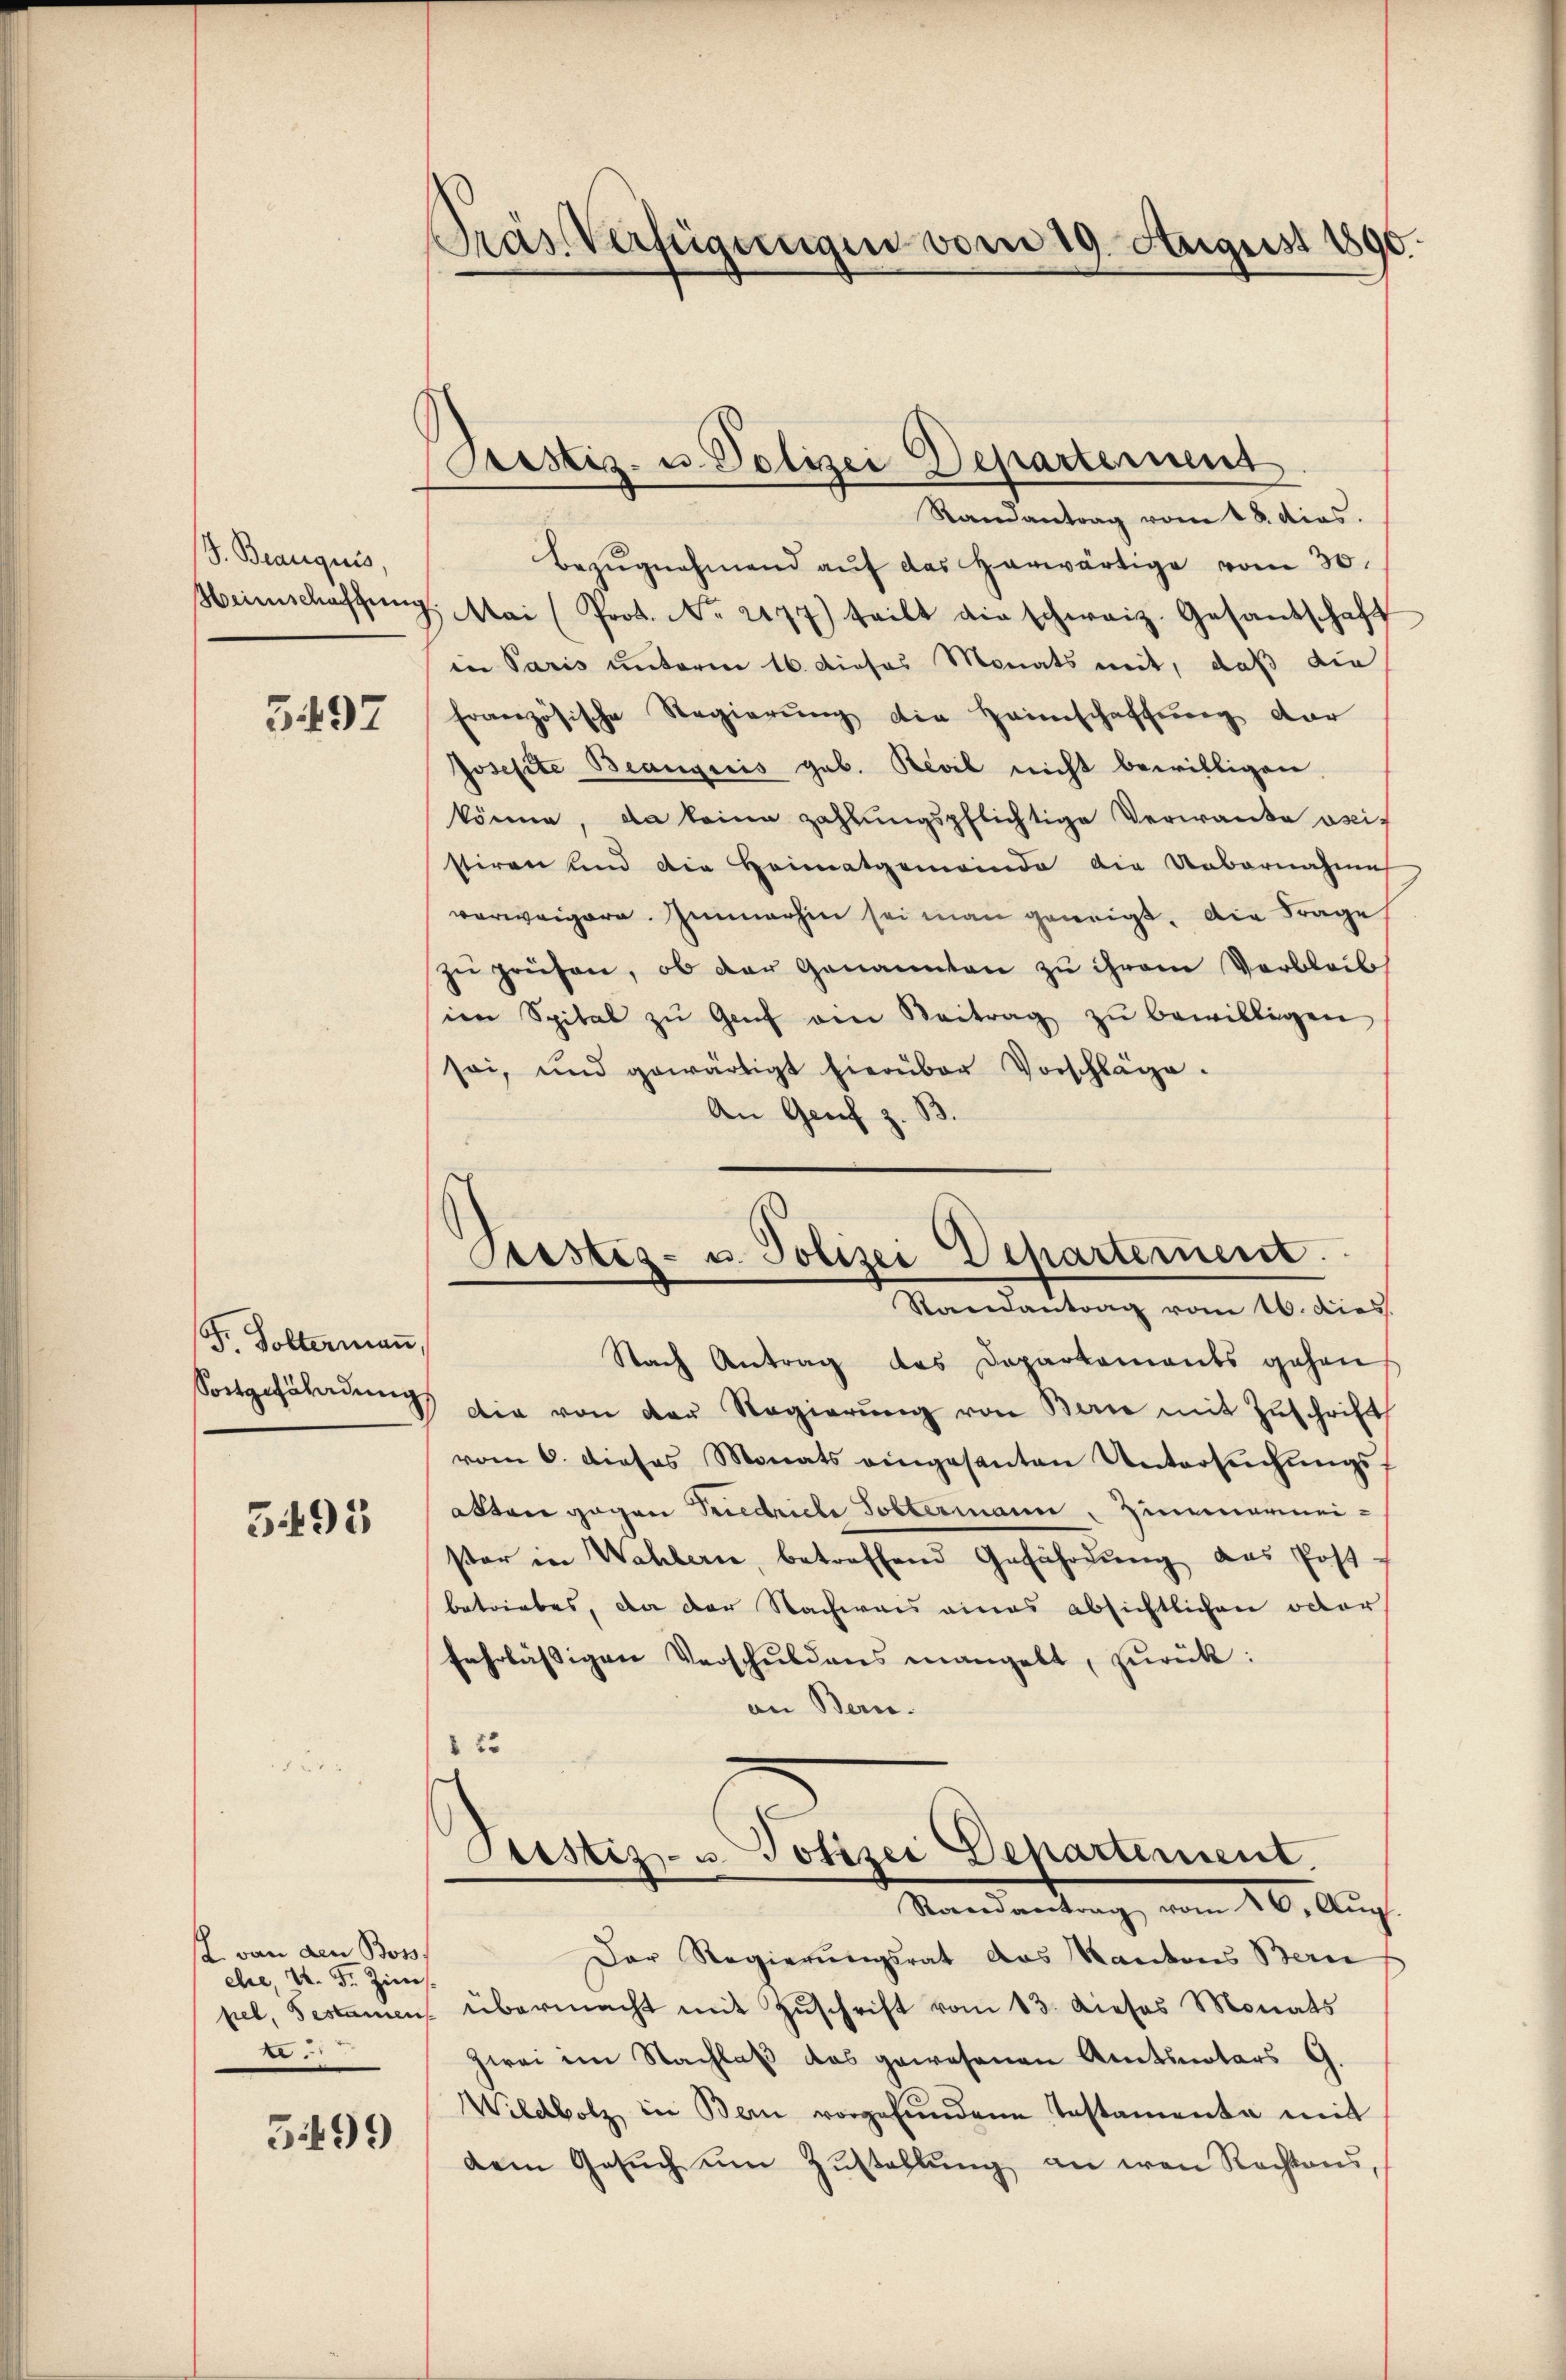
S. Beanquis.
Heimschaftung

5497

Fr. Soltermaṅ,
Sortgefährdung

5495

. von den Boss
ehe, u. Fr. Zinsfiel, Testamen

5499

Pras Verfügungen vom 19. August 1890.

Pristiz- u. Polizei Departement

Pustiz- u. Polizei Departement.
Randantrag vom 16. dies

Randantrag vom 18. dies.
Bezŭgnahmend aŭf das herwärtige vom 30.
1 Mai (Prot. No. 2177) teilt die schweiz. Gesandschaft
in Paris unterm 16. dieses Monats mit, daß die
französische Regierŭng die Heimschaffung dar
Josefite Beaugiis geb. Revil nicht bewilligen.
könne, da keine zahlungspflichtige Verwande weis
stiren und die Heimatgemeinde die Uebernahme
verweigern. Immerhin sei man geneigt. Die Frage
zŭ prüfen, ob der Genannten zu ihrem Verbleib
im Spital zŭ Genf am Beitrag zŭ bewilligen
soi, und gewärtigt hierüber Vorschläge.
An Genf z. B.

Nach Antrag des Departements gehen
die von der Regierŭng von Berne mit Zŭschrift
vom 6. dieses Monats eingesanten Untersŭchŭngs-
akten gegen Friedriche Tottermann, Zimmermeister in Wahlern, betreffend Gefährdŭng des Post-
betriebes, da der Nachweis eines absichtlichen oder
fahrlässigen Verschuldens mangelt, zurück:
an Bern.
 23

Justiz- u. Polizei Departement.
Randantrag vom 26. Aŭg.

Der Regierungsrat das Kantons Bern
übermacht mit Zuschrift vom 13. dieses Monats
zwei im Nachlaß das gewesenen Amtsnotars G.
Wildbolz in Bern vorgefŭndene Testamente mit
dem Gesŭch ŭm Zŭstellŭng an wen Rechtens,